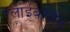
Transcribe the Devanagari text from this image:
ग्लाईबरमैन